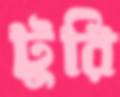
টুরি